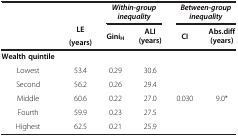
|  |  | <COLSPAN=2> Within-group inequality | <COLSPAN=2> Between-group inequality |
 |  | LE | GiniH | ALI (years) | CI | Abs.diff (years) |
 |  | (years) |  |  |  |  |
 | --- | --- | --- | --- | --- | --- |
 | Wealth quintile |  |  |  |  |  |
 | Lowest | 53.4 | 0.29 | 30.6 |  |  |
 | Second | 56.2 | 0.26 | 29.4 |  |  |
 | Middle | 60.6 | 0.22 | 27.0 | 0.030 | 9.0* |
 | Fourth | 59.9 | 0.23 | 27.5 |  |  |
 | Highest | 62.5 | 0.21 | 25.9 |  |  |